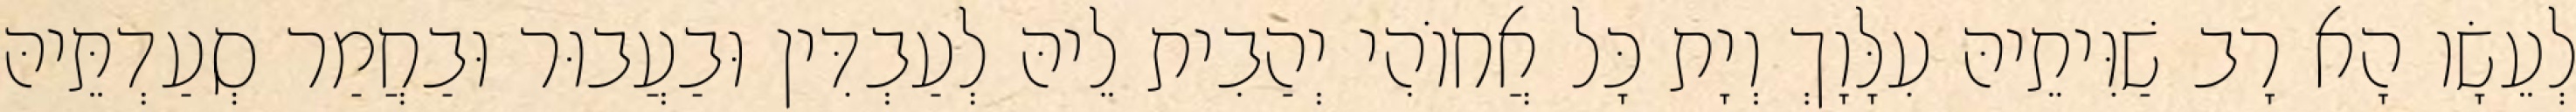
לְעֵשָׂו הָא רָב שַׁוִּיתֵיהּ עִלָּוָךְ וְיָת כָּל אֲחוֹהִי יְהַבִית לֵיהּ לְעַבְדִּין וּבַעֲבוּר וּבַחֲמַר סְעַדְתֵּיהּ